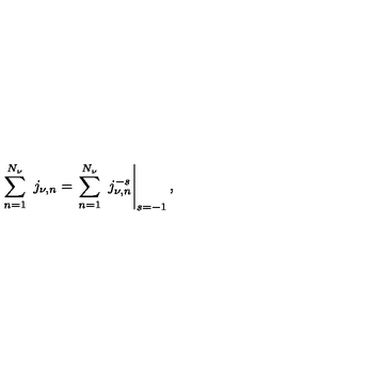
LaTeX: \sum _ { n = 1 } ^ { N _ { \nu } } \ j _ { \nu , n } = \left. \sum _ { n = 1 } ^ { N _ { \nu } } \ j _ { \nu , n } ^ { - s } \right| _ { s = - 1 } ,